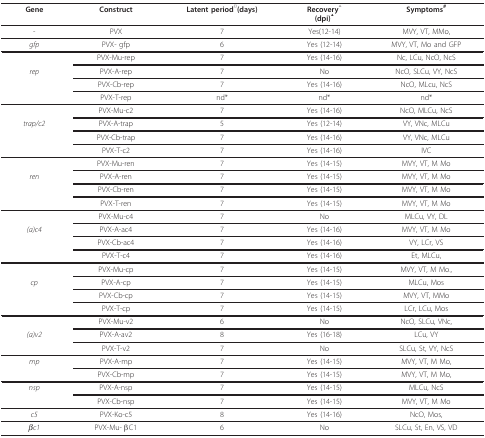
<table><thead><tr><td><b>Gene</b></td><td><b>Construct</b></td><td><b>Latent period<sup>□</sup>(days)</b></td><td><b>Recovery<sup>△</sup>(dpi)<sup>▲</sup></b></td><td><b>Symptoms<sup>#</sup></b></td></tr></thead><tbody><tr><td>-</td><td>PVX</td><td>7</td><td>Yes(12-14)</td><td>MVY, VT, MMo,</td></tr><tr><td><i>gfp</i></td><td>PVX- gfp</td><td>6</td><td>Yes (12-14)</td><td>MVY, VT, Mo and GFP</td></tr><tr><td></td><td>PVX-Mu-rep</td><td>7</td><td>Yes (14-16)</td><td>Nc, LCu, NcO, NcS</td></tr><tr><td><i>rep</i></td><td>PVX-A-rep</td><td>7</td><td>No</td><td>NcO, SLCu, VY, NcS</td></tr><tr><td></td><td>PVX-Cb-rep</td><td>7</td><td>Yes (14-16)</td><td>NcO, MLcu, NcS</td></tr><tr><td></td><td>PVX-T-rep</td><td>nd*</td><td>nd*</td><td>nd*</td></tr><tr><td></td><td>PVX-Mu-c2</td><td>7</td><td>Yes (14-16)</td><td>NcO, MLCu, NcS</td></tr><tr><td><i>trap/c2</i></td><td>PVX-A-trap</td><td>5</td><td>Yes (12-14)</td><td>VY, VNc, MLCu</td></tr><tr><td></td><td>PVX-Cb-trap</td><td>7</td><td>Yes (14-16)</td><td>VY, VNc, MLCu</td></tr><tr><td></td><td>PVX-T-c2</td><td>7</td><td>Yes (14-16)</td><td>IVC</td></tr><tr><td></td><td>PVX-Mu-ren</td><td>7</td><td>Yes (14-15)</td><td>MVY, VT, M Mo</td></tr><tr><td><i>ren</i></td><td>PVX-A-ren</td><td>7</td><td>Yes (14-15)</td><td>MVY, VT, M Mo</td></tr><tr><td></td><td>PVX-Cb-ren</td><td>7</td><td>Yes (14-15)</td><td>MVY, VT, M Mo</td></tr><tr><td></td><td>PVX-T-ren</td><td>7</td><td>Yes (14-15)</td><td>MVY, VT, M Mo</td></tr><tr><td></td><td>PVX-Mu-c4</td><td>7</td><td>No</td><td>MLCu, VY, DL</td></tr><tr><td><i>(a)c4</i></td><td>PVX-A-ac4</td><td>7</td><td>Yes (14-16)</td><td>MVY, VT, M Mo</td></tr><tr><td></td><td>PVX-Cb-ac4</td><td>7</td><td>Yes (14-16)</td><td>VY, LCr, VS</td></tr><tr><td></td><td>PVX-T-c4</td><td>7</td><td>Yes (14-16)</td><td>Et, MLCu,</td></tr><tr><td></td><td>PVX-Mu-cp</td><td>7</td><td>Yes (14-15)</td><td>MVY, VT, M Mo.,</td></tr><tr><td><i>cp</i></td><td>PVX-A-cp</td><td>7</td><td>Yes (14-15)</td><td>MLCu, Mos</td></tr><tr><td></td><td>PVX-Cb-cp</td><td>7</td><td>Yes (14-15)</td><td>MVY, VT, MMo</td></tr><tr><td></td><td>PVX-T-cp</td><td>7</td><td>Yes (14-15)</td><td>LCr, LCu, Mos</td></tr><tr><td></td><td>PVX-Mu-v2</td><td>6</td><td>No</td><td>NcO, SLCu, VNc,</td></tr><tr><td><i>(a)v2</i></td><td>PVX-A-av2</td><td>8</td><td>Yes (16-18)</td><td>LCu, VY</td></tr><tr><td></td><td>PVX-T-v2</td><td>7</td><td>No</td><td>SLCu, St, VY, NcS</td></tr><tr><td><i>mp</i></td><td>PVX-A-mp</td><td>7</td><td>Yes (14-15)</td><td>MVY, VT, M Mo,</td></tr><tr><td></td><td>PVX-Cb-mp</td><td>7</td><td>Yes (14-15)</td><td>MVY, VT, M Mo,</td></tr><tr><td><i>nsp</i></td><td>PVX-A-nsp</td><td>7</td><td>Yes (14-15)</td><td>MLCu, NcS</td></tr><tr><td></td><td>PVX-Cb-nsp</td><td>7</td><td>Yes (14-15)</td><td>MVY, VT, M Mo</td></tr><tr><td><i>c5</i></td><td>PVX-Ko-c5</td><td>8</td><td>Yes (14-16)</td><td>NcO, Mos,</td></tr><tr><td><i>βc1</i></td><td>PVX-Mu- βC1</td><td>6</td><td>No</td><td>SLCu, St, En, VS, VD</td></tr></tbody></table>